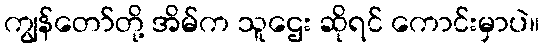
ကျွန်တော်တို့ အိမ်က သူဌေး ဆိုရင် ကောင်းမှာပဲ။